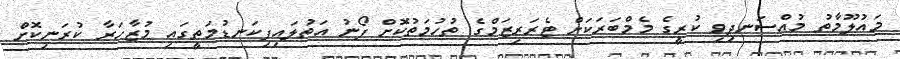
މައުލޫމާތު މުއްސަނދިވި ކުރީގެ މެމްބަރަކަށް ޓެރަރިޒަމްގެ ތުހުމަތުކޮށް ފޯނު އަތުލައިފިކަނޑުމަތީގައި މުޒާހަރާ ކުރަނިކޮށް